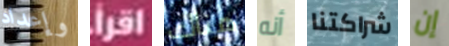
وإعداد إقرأ هناك أنه شراكتنا إن